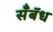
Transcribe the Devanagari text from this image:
सॅँबॅध